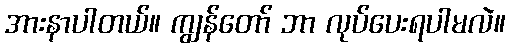
အားနာပါတယ်။ ကျွန်တော် ဘာ လုပ်ပေးရပါမလဲ။